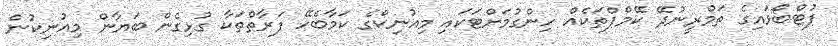
ފުޓްބޯޅައިގެ ތަމްރީނުދޭ ކޭމްޕްތަކެއް ހިންގުމަށްޓަކައި މިއުނިކްގެ ކަމާބެހޭ ފަރާތްތަކާ ގުޅިގެން ބަޔާން މިއުނިކުން